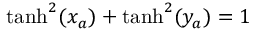
\operatorname { t a n h } ^ { 2 } ( x _ { a } ) + \operatorname { t a n h } ^ { 2 } ( y _ { a } ) = 1